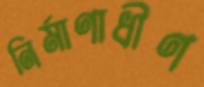
নির্মাণাধীণ